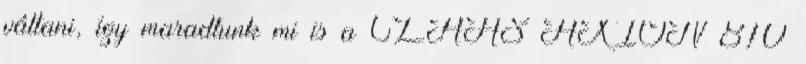
váltani, így maradtunk mi is a CLAAS AXION 810